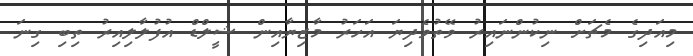
މިއަދިގެ މެޗަށް ނިކުންނައިރު ވޭތުވެދިޔަ އަހަރު މާޒިޔާއިން ޝީލްޑް އުފުލާލިއިރު ތިބި ގިނަ